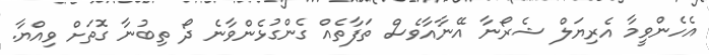
އެހެންވީމާ އެރިޔަލް ޝެރޯނާ އޭނާއާވެސް ތަފާތެއް ގެންގުޅެންވާނެ ދޯ ތިބުނާ ގޮތަށް ވިއްޔާ.